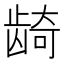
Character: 𬺈